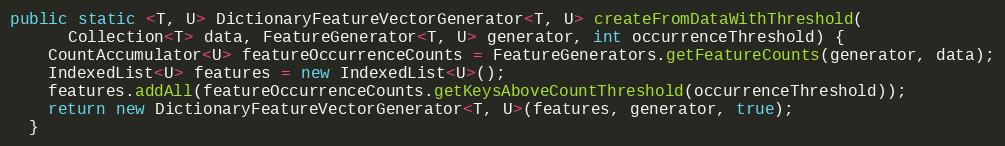
Language: Java
public static <T, U> DictionaryFeatureVectorGenerator<T, U> createFromDataWithThreshold(
      Collection<T> data, FeatureGenerator<T, U> generator, int occurrenceThreshold) {
    CountAccumulator<U> featureOccurrenceCounts = FeatureGenerators.getFeatureCounts(generator, data);
    IndexedList<U> features = new IndexedList<U>();
    features.addAll(featureOccurrenceCounts.getKeysAboveCountThreshold(occurrenceThreshold));
    return new DictionaryFeatureVectorGenerator<T, U>(features, generator, true);
  }